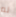
لم